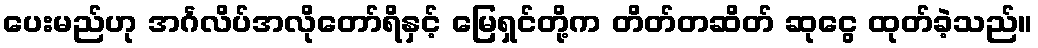
ပေးမည်ဟု အင်္ဂလိပ်အလိုတော်ရိနှင့် မြေရှင်တို့က တိတ်တဆိတ် ဆုငွေ ထုတ်ခဲ့သည်။